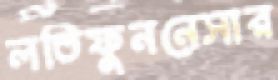
লতিফুননেসার